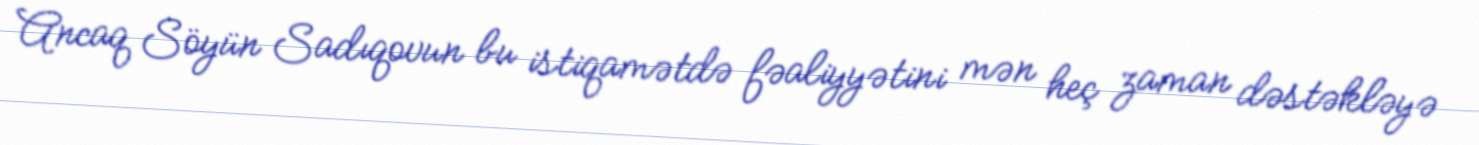
Ancaq Söyün Sadıqovun bu istiqamətdə fəaliyyətini mən heç zaman dəstəkləyə